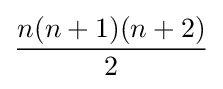
{\frac {n(n+1)(n+2)}{2}}